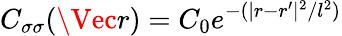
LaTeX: C_{\sigma\sigma}(\Vec{r})=C_{0}e^{-(\vert r-r^{\prime}\vert^{2}/l^{2})}